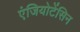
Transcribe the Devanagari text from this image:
एंजियोटेंसिन